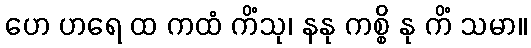
ဟေ ဟရေ ထ ကထံ ကိံသု၊ နနု ကစ္စိ နု ကိံ သမာ။